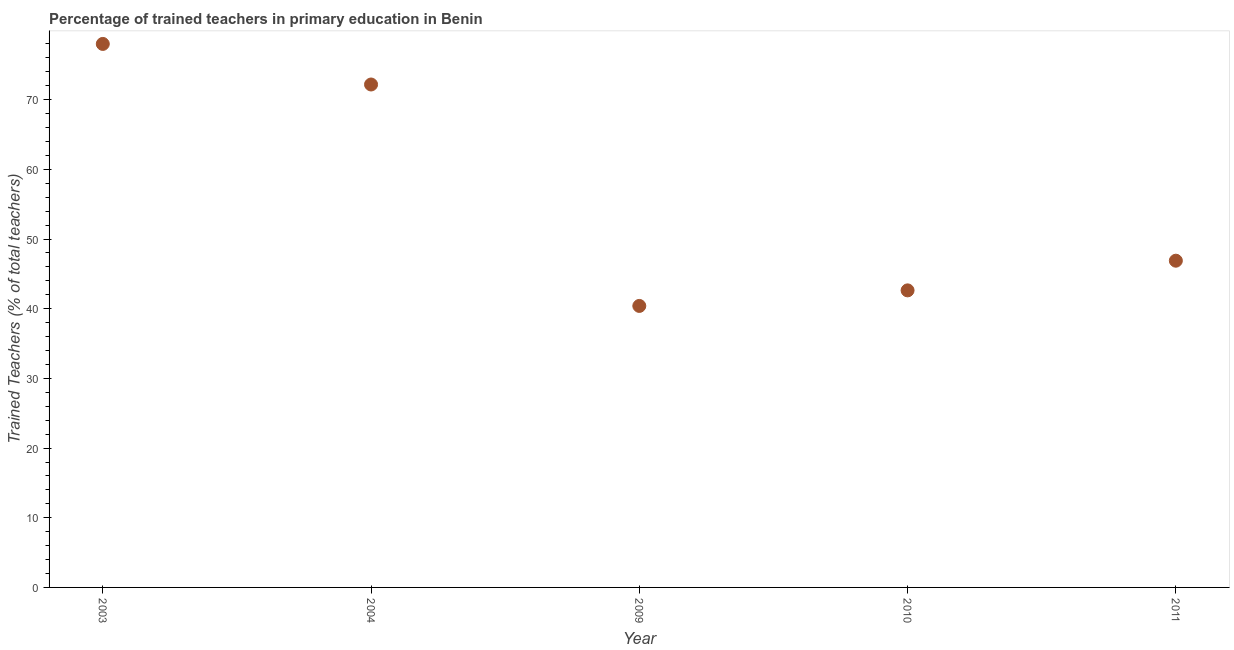
| Year | Trained teacher |
 | --- | --- |
 | 2003 | 78 |
 | 2004 | 72.2 |
 | 2009 | 40.4 |
 | 2010 | 42.6 |
 | 2011 | 46.9 |